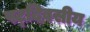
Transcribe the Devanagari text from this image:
षट्‌दिवसीय